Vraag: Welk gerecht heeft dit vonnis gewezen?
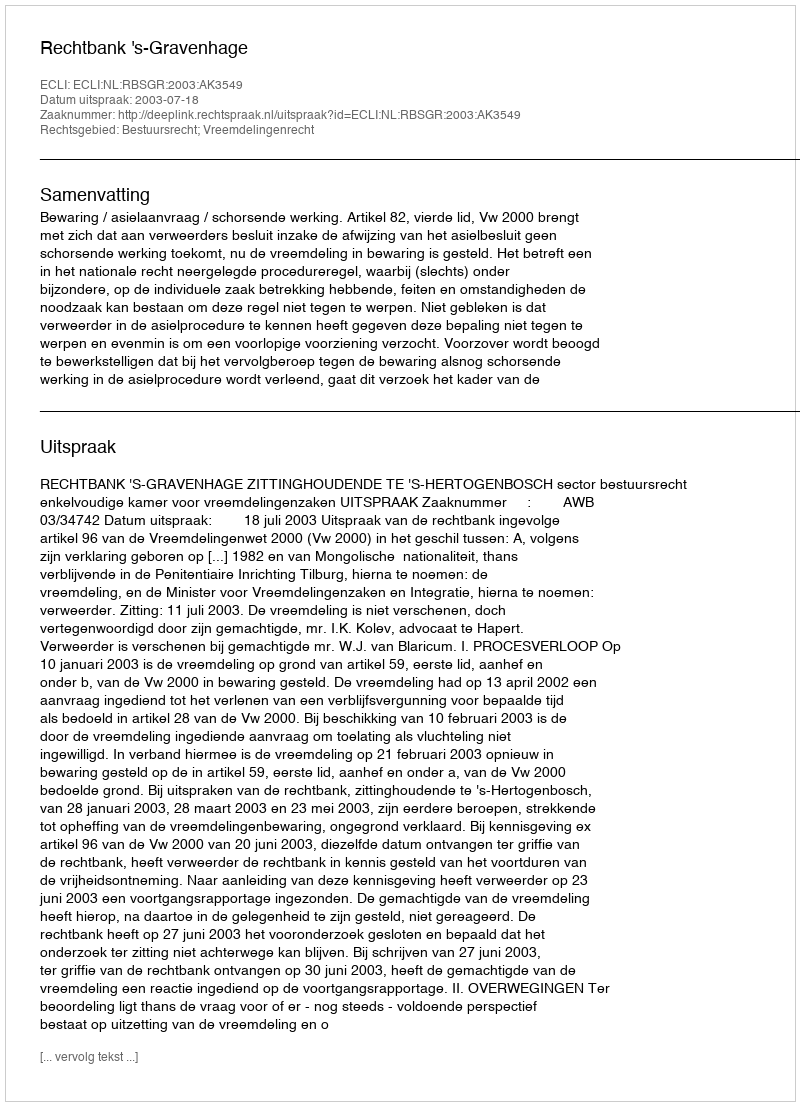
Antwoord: Rechtbank 's-Gravenhage